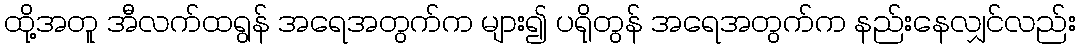
ထို့အတူ အီလက်ထရွန် အရေအတွက်က များ၍ ပရိုတွန် အရေအတွက်က နည်းနေလျှင်လည်း